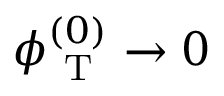
\phi _ { \mathrm { ~ T ~ } } ^ { ( 0 ) } \rightarrow 0